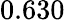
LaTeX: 0.630